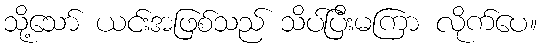
သို့သော် ယင်းအဖြစ်သည် သိပ်ပြီးမကြာ လိုက်ပေ။